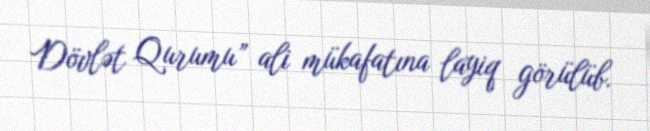
Dövlət Qurumu” ali mükafatına layiq görülüb.